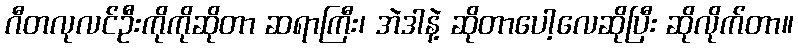
ဂီတလုလင်ဦးကိုကိုဆိုတာ ဆရာကြီး၊ အဲဒါနဲ့ ဆိုတာပေါ့လေဆိုပြီး ဆိုလိုက်တာ။